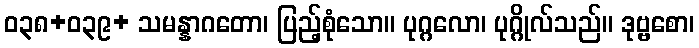
ဝ၃၈+၀၃၉+ သမန္နာဂတော၊ ပြည့်စုံသော။ ပုဂ္ဂလော၊ ပုဂ္ဂိုလ်သည်။ ဒုဗ္ဗစော၊